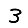
Digit: 3